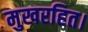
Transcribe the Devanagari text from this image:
मुखरहित।